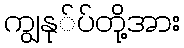
ကျွနု်ပ်တို့အား